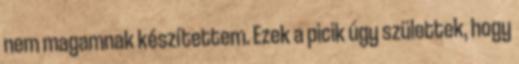
nem magamnak készítettem. Ezek a picik úgy születtek, hogy